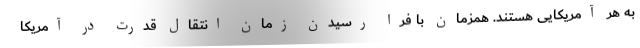
به هر آمریکایی هستند. همزمان با فرا رسیدن زمان انتقال قدرت در آمریکا